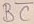
Text: BC